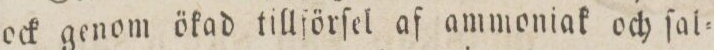
ock genom ökad tillförſel af ammoniak och ſal=